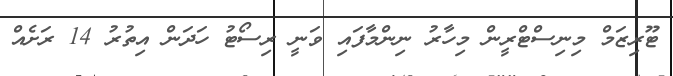
ޓޫރިޒަމް މިނިސްޓްރީން މިހާރު ނިންމާފައި ވަނީ ރިސޯޓު ހަދަން އިތުރު 14 ރަށެއް